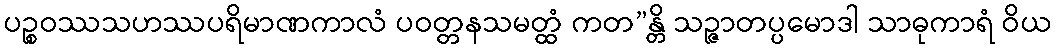
ပဉ္စဝဿသဟဿပရိမာဏကာလံ ပဝတ္တနသမတ္ထံ ကတ”န္တိ သဉ္ဇာတပ္ပမောဒါ သာဓုကာရံ ဝိယ